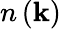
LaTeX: n\left(\mathbf{k}\right)